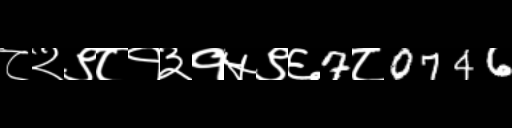
Text: ८२९८१३१५९६7८0746